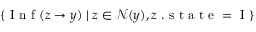
\{ \mathrm { ~ I ~ n ~ f ~ } ( z \to y ) \; | \; z \in \mathcal { N } ( y ) , z \mathrm { ~ . ~ s ~ t ~ a ~ t ~ e ~ = ~ I ~ } \}